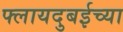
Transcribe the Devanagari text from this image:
फ्लायदुबईच्या